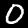
Digit: 0